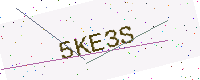
Text: 5KE3S